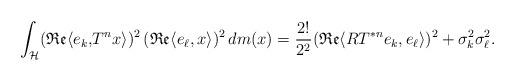
LaTeX: \begin{align*}\int_{\mathcal{H}} (\mathfrak{Re}\langle e_k, &T^nx \rangle)^2\,(\mathfrak{Re}\langle e_\ell, x \rangle)^2\, dm(x)= \frac{2!}{2^2}(\mathfrak{Re}\langle RT^{*n}e_k,e_\ell \rangle)^2+\sigma_k^2\sigma_\ell^2.\end{align*}